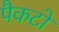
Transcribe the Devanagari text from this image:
पैकटो